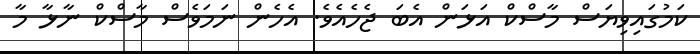
ކަމުގައިވިޔަސް މާސްކް އަޅަން އެބަ ޖެހެއެވެ. އެހެން ނަމަވެސް މާސްކް ނާޅާ މާ